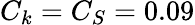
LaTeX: C_{k}=C_{S}=0.09